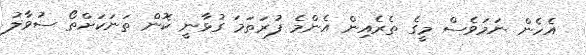
އެހެން ނަމަވެސް މީގެ ތެރެއިން އެންމެ ފުރަތަމަ ގުޅާނީ ކޮން ތަނަކަށްތޯ ސުވާލު